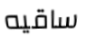
ساقيه